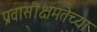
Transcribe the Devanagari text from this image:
प्रवासीक्षमतेच्या